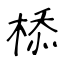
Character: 㮇